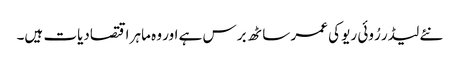
نئے لیڈر رُوئی ریو کی عمر ساٹھ برس ہے اور وہ ماہر اقتصادیات ہیں۔